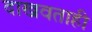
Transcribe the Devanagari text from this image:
दाखवताही